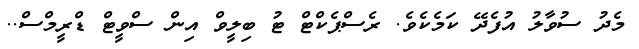
މެދު ސުވާލު އުފެދޭ ކަމެކެވެ. ރެސްޕެކްޓް ޓު ބިލީވް އިން ސްވީޓް ޑްރީމްސް..